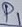
Text: P1